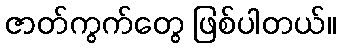
ဇာတ်ကွက်တွေ ဖြစ်ပါတယ်။